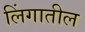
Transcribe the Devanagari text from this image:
लिंगातील